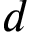
d